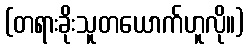
(တရားခိုးသူတယောက်ဟူလို။)